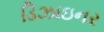
ડિઝાઇનર